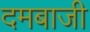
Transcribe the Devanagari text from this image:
दमबाजी